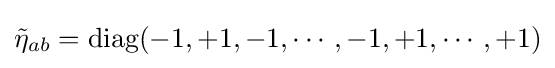
{\tilde {\eta }}_{ab}=\operatorname {diag} (-1,+1,-1,\cdots ,-1,+1,\cdots ,+1)